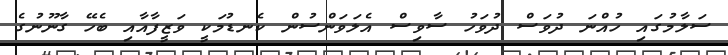
ސަލާމުގައި ހުއްނަ ދުވަސް ދުވަހު ސާވިސް އެލަވަންސުން ކެނޑުމަކީ ވަޒީފާއާއި ބެހޭ ގާނޫނުގެ